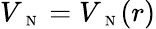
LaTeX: V_{\mathrm{~\scriptsize~N~}}=V_{\mathrm{~\scriptsize~N~}}(r)